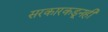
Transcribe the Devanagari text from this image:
सरकारकडूनही